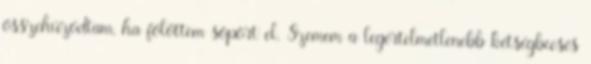
összehúzódtam, ha fölöttem söpört el. Szemem a legértelmetlenebb kétségbeesés